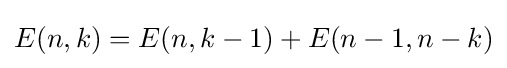
E(n,k)=E(n,k-1)+E(n-1,n-k)